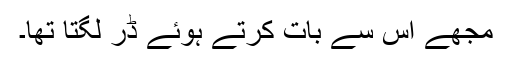
مجھے اس سے بات کرتے ہوئے ڈر لگتا تھا۔